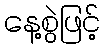
နေ့စွဲဖြင့်